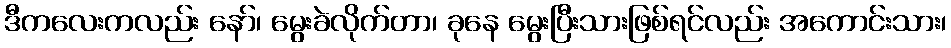
ဒီကလေးကလည်း နော်၊ မွေးခဲလိုက်တာ၊ ခုနေ မွေးပြီးသားဖြစ်ရင်လည်း အကောင်းသား၊